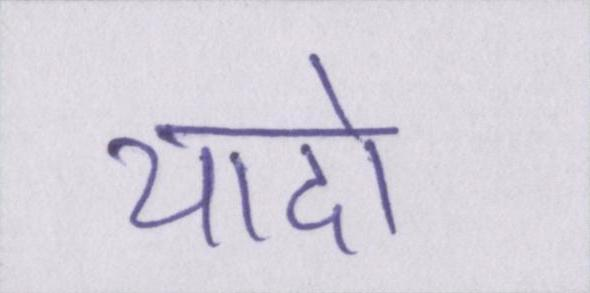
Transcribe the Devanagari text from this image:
यादो